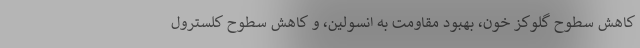
کاهش سطوح گلوکز خون، بهبود مقاومت به انسولین، و کاهش سطوح کلسترول